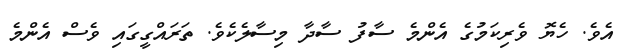
އެވެ. ހެޔޮ ވެރިކަމުގެ އެންމެ ސާފު ސާދާ މިސާލެކެވެ. ތަރައްގީގައި ވެސް އެންމެ